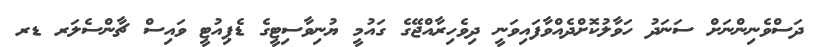
ދަސްވެނިންނަށް ސަނަދު ހަވާލުކޮށްދެއްވާފައިވަނީ ދިވެހިރާއްޖޭގެ ގައުމީ ޔުނިވާސިޓީގެ ޑެޕިއުޓީ ވައިސް ޗާންސެލަރ ޑރ